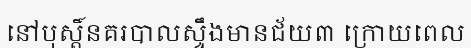
នៅបុស្តិ៍នគរបាលស្ទឹងមានជ័យ៣ ក្រោយពេល